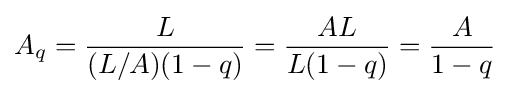
A_{q}={\frac {L}{(L/A)(1-q)}}={\frac {AL}{L(1-q)}}={\frac {A}{1-q}}